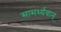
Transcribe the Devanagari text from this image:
सामर्थ्यवान्